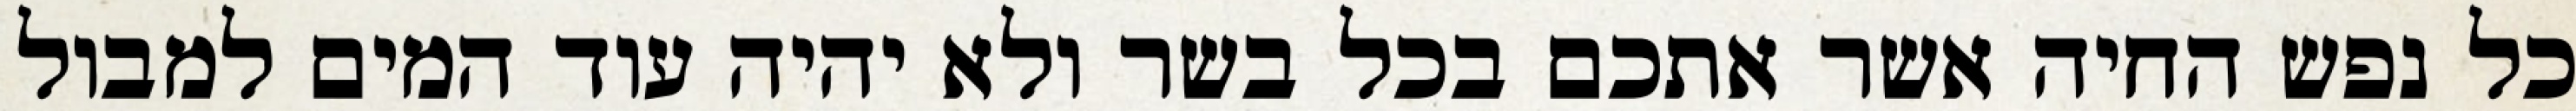
כל נפש החיה אשר אתכם בכל בשר ולא יהיה עוד המים למבול